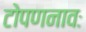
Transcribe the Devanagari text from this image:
टोपणनावः